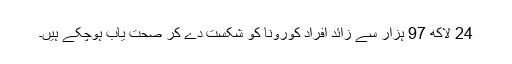
24 لاکھ 97 ہزار سے زائد افراد کورونا کو شکست دے کر صحت یاب ہوچکے ہیں۔